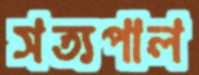
সত্যপাল